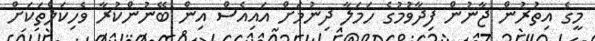
މީގެ އިތުރުން ޖާނުން ފިދާވުމުގެ ހަމަލާ ދިނުމަށް އައިއެސް އިން ބޭނުންކުރާ ވެހިކަލްތަކަށް